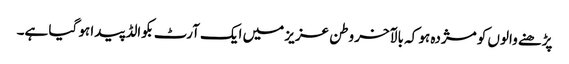
پڑھنے والوں کو مژدہ ہو کہ بالآخر وطن عزیز میں ایک آرٹ بکوالڈ پیدا ہو گیا ہے۔